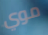
موي